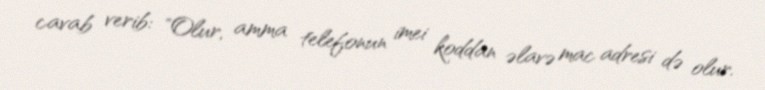
cavab verib: "Olur, amma telefonun imei koddan əlavə mac adresi də olur.